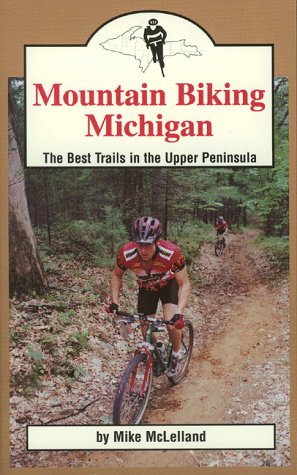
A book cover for Mountain Biking Michigan: The Best Trails in the Upper Peninsula (Mountain Biking Michigan's Best Trails); Mike McLelland; Travel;